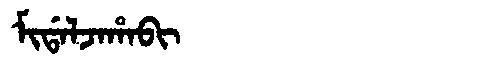
Manchu: ᠮᡳᡩᠠᠯᠵᠠᡥᠠᠪᡳ
Romanization: MIDALJAHABI